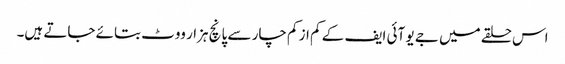
اس حلقے میں جے یو آئی ایف کے کم از کم چار سے پانچ ہزار ووٹ بتائے جاتے ہیں۔